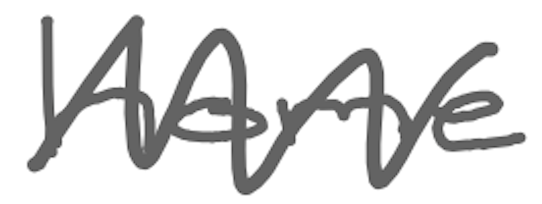
Text: home
Cross-out: zig-zag
Writing tool: digital_gray